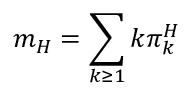
m _ { H } = \sum _ { k \geq 1 } k \pi _ { k } ^ { H }